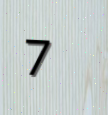
7